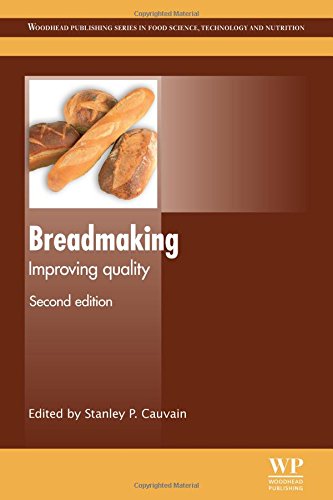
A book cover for Breadmaking, Second Edition: Improving Quality (Woodhead Publishing Series in Food Science, Technology and Nutrition); Cookbooks, Food & Wine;